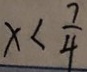
x < \frac { 7 } { 4 }